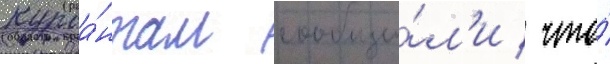
Курса́нтам сообщи́л'и / что́